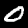
Label: 0